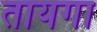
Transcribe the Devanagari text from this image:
तायगा